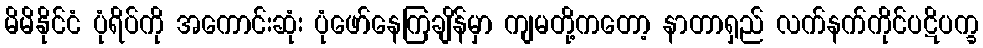
မိမိနိုင်ငံ ပုံရိပ်ကို အကောင်းဆုံး ပုံဖော်နေကြချိန်မှာ ကျမတို့ကတော့ နာတာရှည် လက်နက်ကိုင်ပဋိပက္ခ